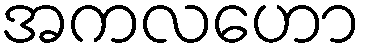
အကလဟော